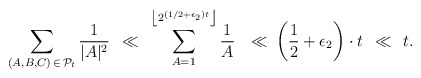
\begin{align*}\sum_{(A, B, C) \,\in\, \mathcal P_t}\frac1{|A|^2} \: \:\ll \:\: \sum_{A=1}^{ \left\lfloor 2^{(1/2+\epsilon_2)t}\right\rfloor}\frac1{A}\: \: \:\ll \: \left(\frac 1 2 + \epsilon_2\right)\cdot t \:\: \ll \:\: t.\end{align*}